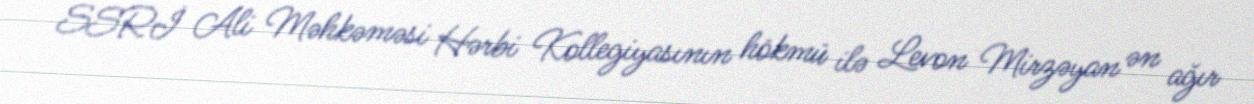
SSRİ Ali Məhkəməsi Hərbi Kollegiyasının hökmü ilə Levon Mirzəyan ən ağır